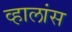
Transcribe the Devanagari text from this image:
व्हालांस